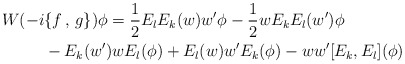
\begin{align*} W(-i&\{f\,,\,g\})\phi=\frac {1}{2}E_lE_k(w)w'\phi-\frac{1}{2}wE_kE_l(w')\phi\\&-E_k(w')wE_l(\phi)+E_l(w)w'E_k(\phi)-ww'[E_k,E_l](\phi)\end{align*}